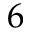
6